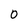
Character: O